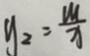
y _ { 2 } = \frac { M } { x }